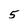
Character: 5